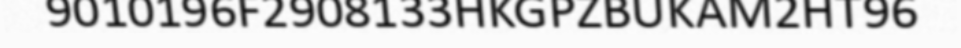
9010196F2908133HKGPZBUKAM2HT96